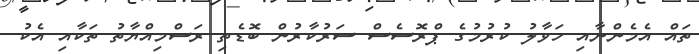
ތައް އެމެންނާއި ހަވާލު ކުުރުމުގެ ޕްރޮސެސް ސަރުކާރުން ބޮޑެތި ރަސްމިއްޔާތު ތަކާއި އެކު